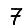
Digit: 7